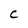
Character: C